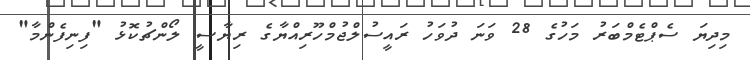
މިދިޔަ ސެޕްޓެމްބަރު މަހުގެ 28 ވަނަ ދުވަހު ރައީސުލްޖުމްހޫރިއްޔާގެ ރިޔާސީ ލޯންޗުކޮޅު "ފިނިފެންމާ"